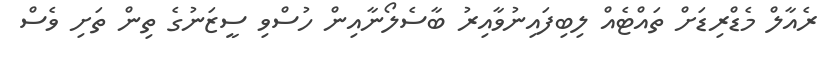
ރެއާލް މެޑްރިޑަށް ތައްޓެއް ލިިބިފައިނުވާއިރު ބާސެލޯނާއިން ހުސްވި ސީޒަނުގެ ތިން ތަށި ވެސް